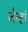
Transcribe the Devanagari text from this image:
जेन्हां